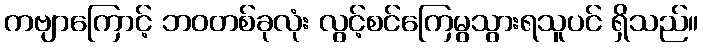
ကဗျာကြောင့် ဘဝတစ်ခုလုံး လွင့်စင်ကြေမွသွားရသူပင် ရှိသည်။